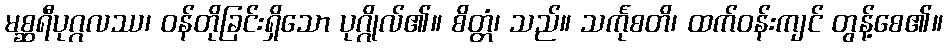
မစ္ဆရီပုဂ္ဂလဿ၊ ဝန်တိုခြင်းရှိသော ပုဂ္ဂိုလ်၏။ စိတ္တံ၊ သည်။ သင်္ကုစတိ၊ ထက်ဝန်းကျင် တွန့်စေ၏။